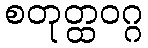
စတုတ္ထဝဂ္ဂ